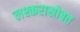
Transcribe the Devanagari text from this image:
लश्करासोबत